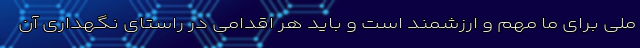
ملی برای ما مهم و ارزشمند است و باید هر اقدامی در راستای نگهداری آن